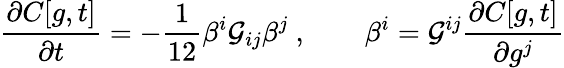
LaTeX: \frac{\partial C[g,t]}{\partial t}=-\frac{1}{12}\beta^{i}{\cal G}_{ij}\beta^{j}~,\qquad\beta^{i}={\cal G}^{ij}\frac{\partial C[g,t]}{\partial g^{j}}